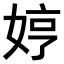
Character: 𫰳